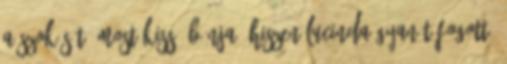
a szokását. Most kissé bánja, hiszen Lucinda gyanút fogott.